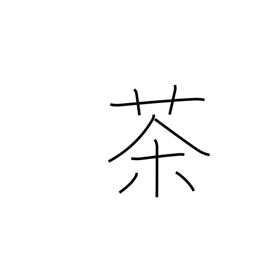
Meaning: tea